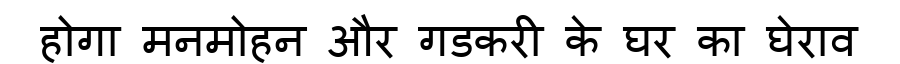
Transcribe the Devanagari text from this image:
होगा मनमोहन और गडकरी के घर का घेराव